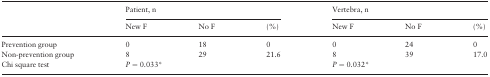
<table><thead><tr><td></td><td colspan="3"><b>Patient, n</b></td><td colspan="3"><b>Vertebra, n</b></td></tr><tr><td></td><td><b>New F</b></td><td><b>No F</b></td><td><b>(%)</b></td><td><b>New F</b></td><td><b>No F</b></td><td><b>(%)</b></td></tr></thead><tbody><tr><td>Prevention group</td><td>0</td><td>18</td><td>0</td><td>0</td><td>24</td><td>0</td></tr><tr><td>Non-prevention group</td><td>8</td><td>29</td><td>21.6</td><td>8</td><td>39</td><td>17.0</td></tr><tr><td>Chi square test</td><td colspan="3"><i>P</i> = 0.033*</td><td colspan="3"><i>P</i> = 0.032*</td></tr></tbody></table>